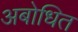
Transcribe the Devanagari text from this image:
अबोधित